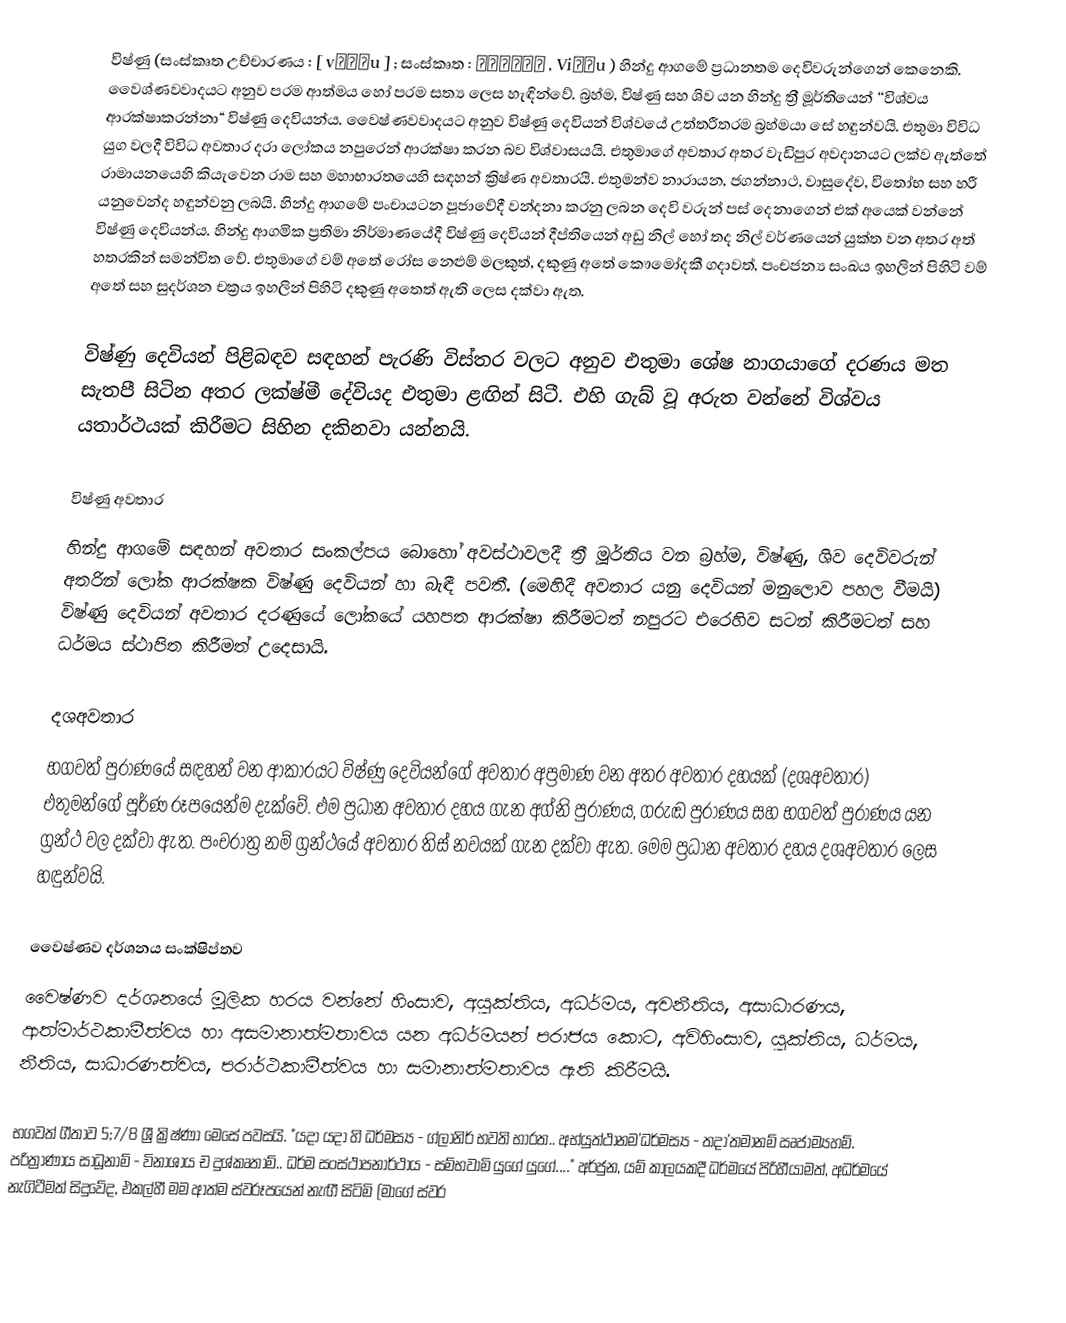
විෂ්ණු (සංස්කෘත උච්චාරණය : [ vɪʂɳu ] ; සංස්කෘත : विष्णु , Viṣṇu ) හින්දු ආගමේ ප්‍රධානතම දෙවිවරුන්ගෙන් කෙනෙකි. වෛශ්ණවවාදයට අනුව පරම ආත්මය හෝ පරම සත්‍ය ලෙස හැඳින්වේ. බ්‍රහ්ම, විෂ්ණු සහ ශිව යන හින්දු ත්‍රී මූර්තියෙන් ‘‘විශ්වය ආරක්ෂාකරන්නා“ විෂ්ණු දෙවියන්ය. වෛෂ්ණවවාදයට අනුව විෂ්ණු දෙවියන් විශ්වයේ උත්තරීතරම බ්‍රහ්මයා සේ හඳුන්වයි. එතුමා විවිධ යුග වලදී විවිධ අවතාර දරා ලෝකය නපුරෙන් ආරක්ෂා කරන බව විශ්වාසයයි. එතුමාගේ අවතාර අතර වැඩිපුර අවදානයට ලක්ව ඇත්තේ රාමායනයෙහි කියැවෙන රාම සහ මහාභාරතයෙහි සඳහන් ක්‍රිෂ්ණ අවතාරයි. එතුමන්ව නාරායන, ජගන්නාථ, වාසුදේව, විතෝභ සහ හරී යනුවෙන්ද හඳුන්වනු ලබයි. හින්දු ආගමේ පංචායටන පූජාවේදී වන්දනා කරනු ලබන දෙවි වරුන් පස් දෙනාගෙන් එක් අයෙක් වන්නේ විෂ්ණු දෙවියන්ය. හින්දු ආගමික ප්‍රතිමා නිර්මාණයේදී විෂ්ණු දෙවියන් දීප්තියෙන් අඩු නිල් හෝ තද නිල් වර්ණයෙන් යුක්ත වන අතර අත් හතරකින් සමන්විත වේ.   එතුමාගේ වම් අතේ රෝස නෙළුම් මලකුත්, දකුණු අතේ කෞමෝදකී ගදාවත්, පංචජන්‍ය සංඛය ඉහලින් පිහිටි වම් අතේ සහ සුදර්ශන චක්‍රය ඉහලින් පිහිටි දකුණු අතෙත් ඇති ලෙස දක්වා ඇත.

විෂ්ණු දෙවියන් පිළිබඳව සඳහන් පැරණි විස්තර වලට අනුව එතුමා ශේෂ නාගයාගේ දරණය මත සැතපී සිටින අතර ලක්ෂ්මී දේවියද එතුමා ළඟින් සිටී. එහි ගැබ් වූ අරුත වන්නේ විශ්වය යතාර්ථයක් කිරීමට සිහින දකිනවා යන්නයි.

විෂ්ණු අවතාර
හින්දු ආගමේ සඳහන් අවතාර සංකල්පය බොහෝ අවස්ථාවලදී ත්‍රී මූර්තිය වන බ්‍රහ්ම, විෂ්ණු, ශිව දෙවිවරුන් අතරින් ලෝක ආරක්ෂක විෂ්ණු දෙවියන් හා බැඳී පවතී. (මෙහිදී අවතාර යනු දෙවියන් මනුලොව පහල වීමයි) විෂ්ණු දෙවියන් අවතාර දරණුයේ ලෝකයේ යහපත ආරක්ෂා කිරීමටත් නපුරට එරෙහිව සටන් කිරීමටත් සහ ධර්මය ස්ථාපිත කිරීමත් උදෙසායි.

දශඅවතාර
භගවත් පුරාණයේ සඳහන් වන ආකාරයට විෂ්ණු දෙවියන්ගේ අවතාර අප්‍රමාණ වන අතර අවතාර දහයක් (දශඅවතාර) එතුමන්ගේ පූර්ණ රූපයෙන්ම දැක්වේ. එම ප්‍රධාන අවතාර දහය ගැන අග්නි පුරාණය, ගරුඬ පුරාණය සහ භගවත් පුරාණය යන ග්‍රන්ථ වල දක්වා ඇත. පංචරාත්‍ර නම් ග්‍රන්ථයේ අවතාර තිස් නවයක් ගැන දක්වා ඇත. මෙම ප්‍රධාන අවතාර දහය දශඅවතාර ලෙස හඳුන්වයි.

වෛෂ්ණව දර්ශනය සංක්ෂිප්තව
වෛෂ්ණව දර්ශනයේ මූලික හරය වන්නේ හිංසාව, අයුක්තිය, අධර්මය, අවනීතිය, අසාධාරණය, ආත්මාර්ථකාමීත්වය හා අසමානාත්මතාවය යන අධර්මයන් පරාජය කොට, අවිහිංසාව, යුක්තිය, ධර්මය, නීතිය, සාධාරණත්වය, පරාර්ථකාමීත්වය හා සමානාත්මතාවය ඇති කිරීමයි.

භගවත් ගීතාව 5;7/8  ශ්‍රී ක්‍රිෂ්ණා මෙසේ පවසයි. "යදා යදා හි ධර්මස්‍ය - ග්ලානිර් භවති භාරත.. අභ්යුත්ථානම'ධර්මස්‍ය - තදා'තමානම් ඍජාම්‍යහම්. පරිත්‍රාණාය සාධූනාම් - විනාශාය ච දුශ්කෘතාම්.. ධර්ම සංස්ථාපනාර්ථාය - සම්භවාමි යුගේ යුගේ...." අර්ජුන, යම් කාලයකදී ධර්මයේ පිරිහීයාමත්, අධර්මයේ නැගිටීමත් සිදුවේද, එකල්හී මම ආත්ම ස්වරූපයෙන් නැඟී සිටිමි (මාගේ ස්වර